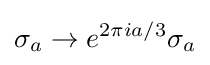
\sigma _{a}\to e^{2\pi ia/3}\sigma _{a}